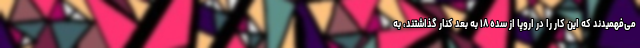
می‌فهمیدند که این کار را در اروپا از سده ۱۸ به بعد کنار گذاشتند، به